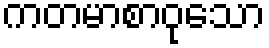
ကတမာစာဝုသော